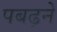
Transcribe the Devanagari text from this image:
पबढ़ने